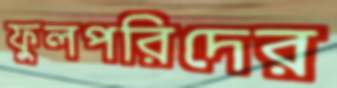
ফুলপরিদের